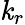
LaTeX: \mathit{k}_{r}